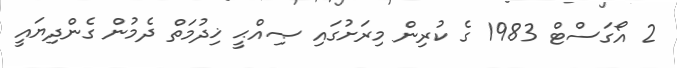
2 އޯގަސްޓް 1983 ގެ ކުރިން މިރަށުގައި ޞިއްޙީ ޚިދުމަތް ދެމުން ގެންދިޔައީ